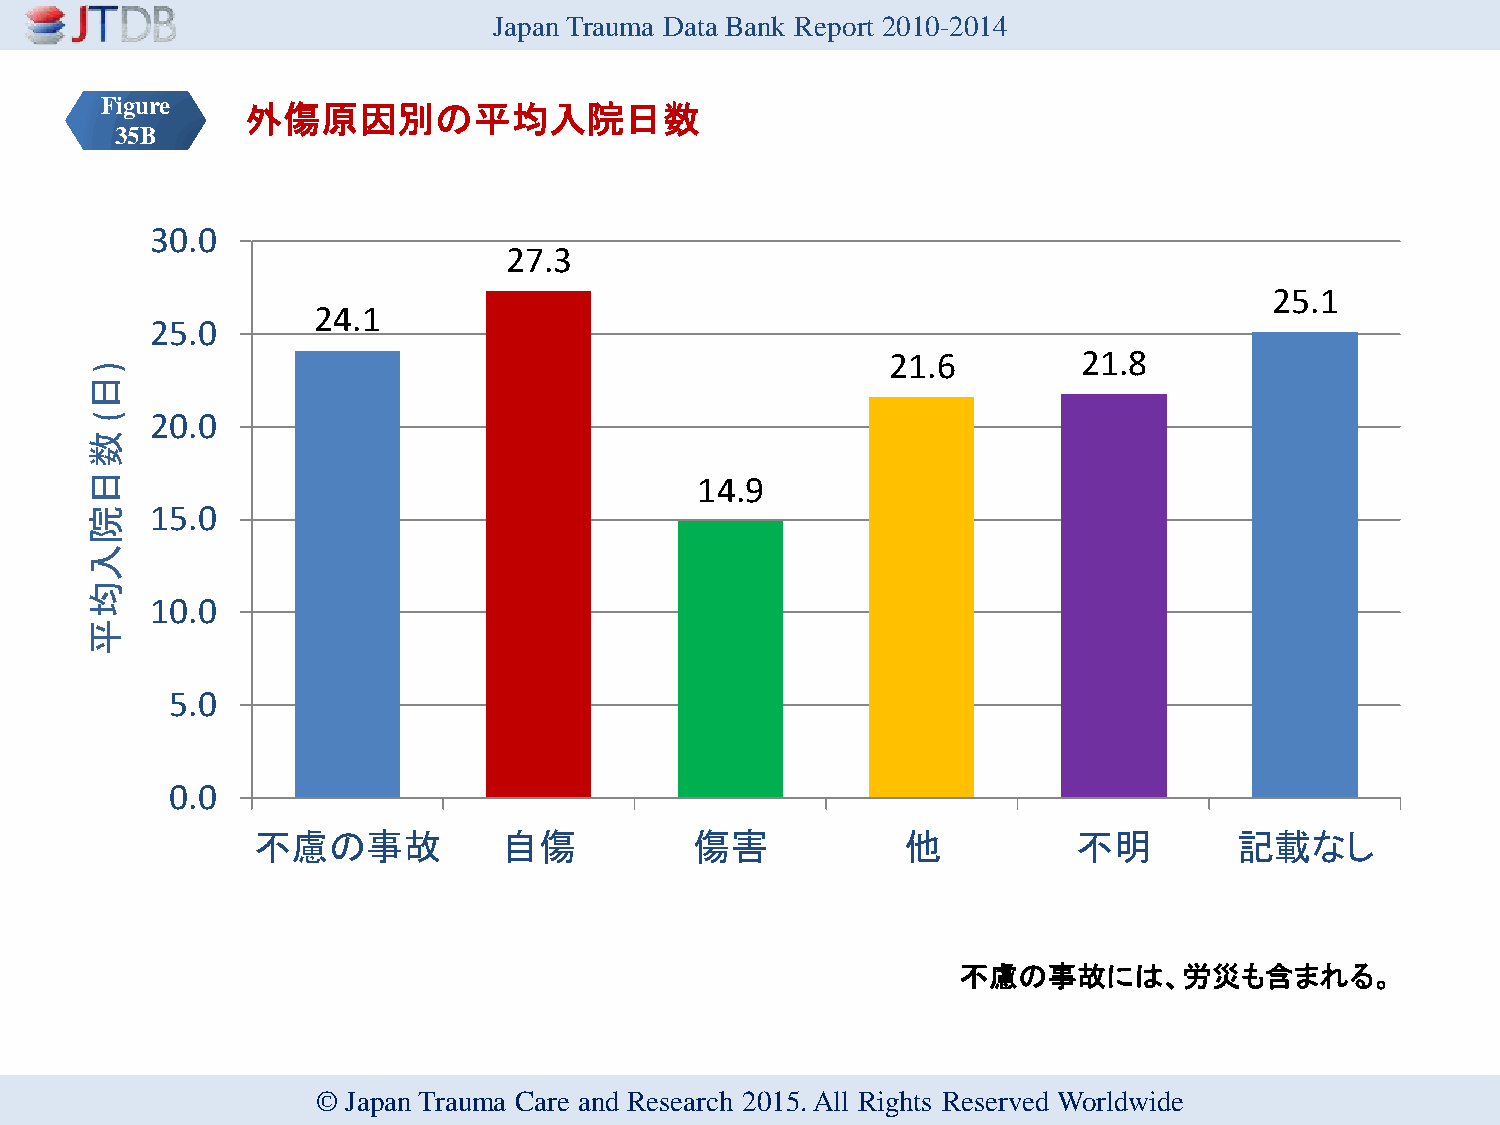
Japan Trauma Data Bank Report 2010-2014
 Figure   外傷原因別の平均入院日数
 35B
 30.0
 27.3
 25.1
 24.1
 25.0
 21.6         21.8
 )
 日
 (   20.0
 数
 日                                       14.9
 院   15.0
 入
 均
 10.0
 平
 5.0
 0.0
 不慮の事故           自傷           傷害            他          不明         記載なし
 不慮の事故には、労災も含まれる。
 © Japan Trauma Care and Research 2015. All Rights Reserved Worldwide